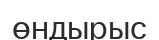
өндырыс